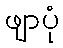
ဖျာပုံ